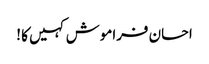
احسان فراموش کہیں کا !